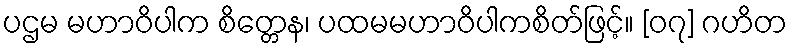
ပဌမ မဟာဝိပါက စိတ္တေန၊ ပထမမဟာဝိပါကစိတ်ဖြင့်။ [၀၇] ဂဟိတ